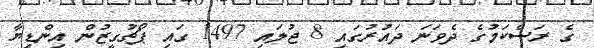
ގެ ރަސްކަމުގެ ދެވަނަ ދައުރުގައި 8 ޖުލައި 1497 ގައި ޕޯޗުގީޒުން އިންޑިޔާ